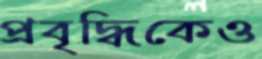
প্রবৃদ্ধিকেও